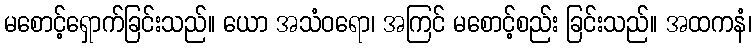
မစောင့်ရှောက်ခြင်းသည်။ ယော အသံဝရော၊ အကြင် မစောင့်စည်း ခြင်းသည်။ အထကနံ၊